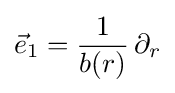
{\vec {e}}_{1}={\frac {1}{b(r)}}\,\partial _{r}